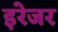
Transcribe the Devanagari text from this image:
इरेजर